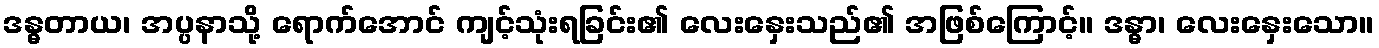
ဒန္ဓတာယ၊ အပ္ပနာသို့ ရောက်အောင် ကျင့်သုံးရခြင်း၏ လေးနှေးသည်၏ အဖြစ်ကြောင့်။ ဒန္ဓာ၊ လေးနှေးသော။